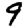
Digit: 9